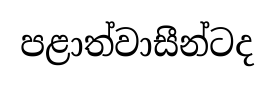
පළාත්වාසීන්ටද